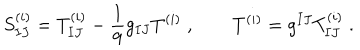
S _ { I J } ^ { ( i ) } = T _ { I J } ^ { ( i ) } - \frac { 1 } { 9 } g _ { I J } T ^ { ( i ) } \; , \qquad T ^ { ( i ) } = g ^ { I J } T _ { I J } ^ { ( i ) } \; .